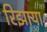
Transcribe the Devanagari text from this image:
रिझाया